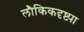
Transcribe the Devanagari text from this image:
लौकिकदृष्ट्या